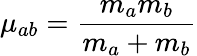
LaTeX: \mu_{ab}=\frac{m_{a}m_{b}}{m_{a}+m_{b}}